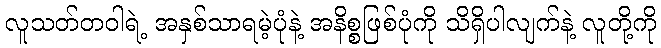
လူသတ်တဝါရဲ့ အနှစ်သာရမဲ့ပုံနဲ့ အနိစ္စဖြစ်ပုံကို သိရှိပါလျက်နဲ့ လူတို့ကို